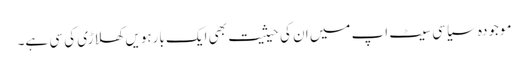
موجودہ سیاسی سیٹ اپ میں ان کی حیثیت بھی ایک بارہویں کھلاڑی کی سی ہے۔